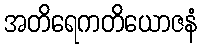
အတိရေကတိယောဇနံ